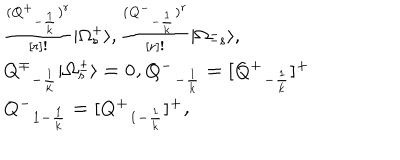
LaTeX: \begin{array} { l c r } { { { ( \bf \frac { { Q ^ { + } } _ { - { \frac { 1 } { k } } } ) ^ { r } } { [ r ] ! } } \vert \Omega _ { s } ^ { + } \rangle , { \bf \frac { { ( Q ^ { - } } _ { - { \frac { 1 } { k } } } ) ^ { r } } { [ r ] ! } } \vert \Omega _ { - s } ^ { - } \rangle , } } \\ { { \bf { Q ^ { \mp } } _ { - { \frac { 1 } { k } } } \vert \Omega _ { s } ^ { \pm } \rangle = 0 , \bf { Q ^ { - } } _ { - { \frac { 1 } { k } } } = [ \bf { Q ^ { + } } _ { - { \frac { 1 } { k } } } ] ^ { + } } } \\ { { \bf { Q ^ { - } } _ { 1 - { \frac { 1 } { k } } } = [ \bf { Q ^ { + } } _ { 1 - { \frac { 1 } { k } } } ] ^ { + } , } } \\ \end{array}